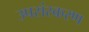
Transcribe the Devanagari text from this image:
उपसंस्करण